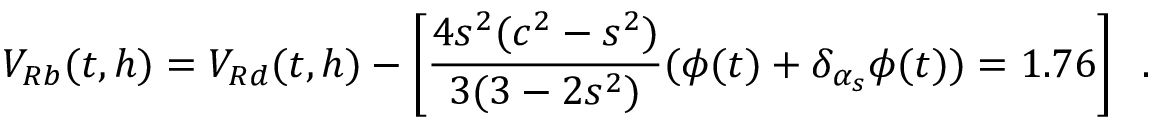
V _ { R b } ( t , h ) = V _ { R d } ( t , h ) - \left[ \frac { 4 s ^ { 2 } ( c ^ { 2 } - s ^ { 2 } ) } { 3 ( 3 - 2 s ^ { 2 } ) } ( \phi ( t ) + \delta _ { \alpha _ { s } } \phi ( t ) ) = 1 . 7 6 \right] \; \; .